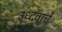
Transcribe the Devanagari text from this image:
उध्दवाचे